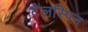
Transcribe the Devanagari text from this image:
टेलस्पिन